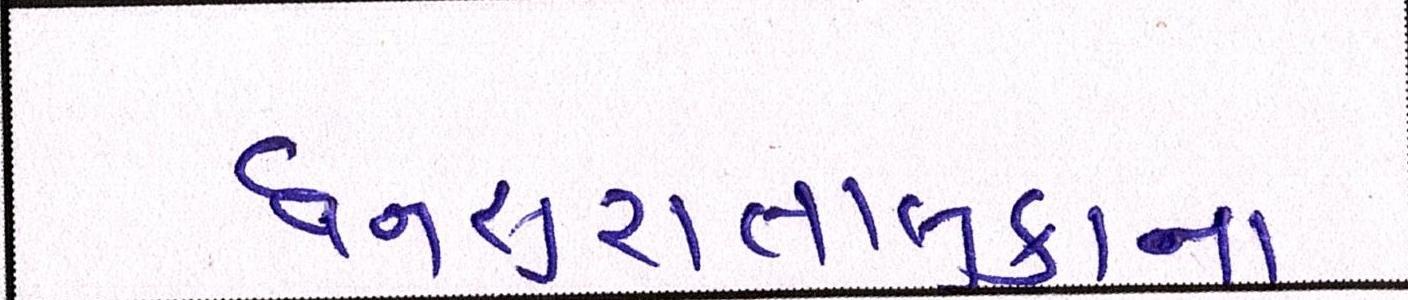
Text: ધનસુરાતાલુકાના